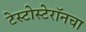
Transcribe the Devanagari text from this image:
टेस्टोस्टेरॉनचा